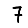
Digit: 7